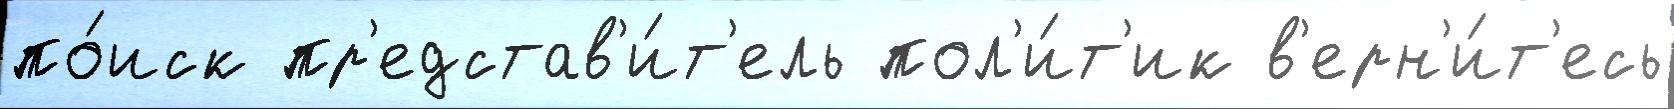
по́иск пр'едстав'и́т'ель пол'и́т'ик в'ерн'и́т'есь